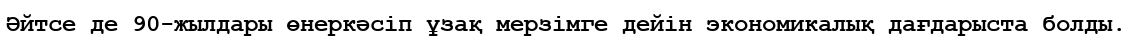
Әйтсе де 90-жылдары өнеркәсіп ұзақ мерзімге дейін экономикалық дағдарыста болды.